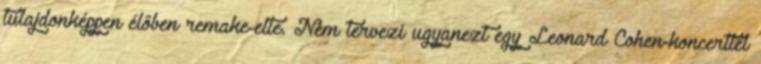
tulajdonképpen élőben remake-elte. Nem tervezi ugyanezt egy Leonard Cohen-koncerttel